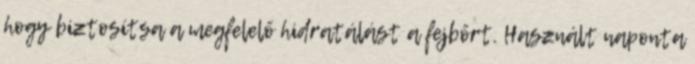
hogy biztosítsa a megfelelő hidratálást a fejbőrt. Használt naponta